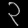
Digit: ၃